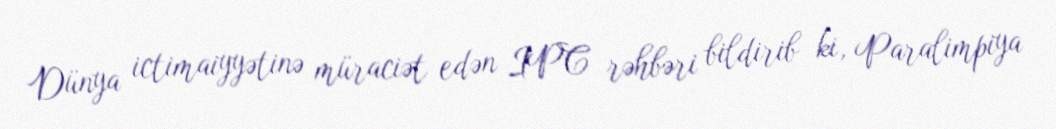
Dünya ictimaiyyətinə müraciət edən IPC rəhbəri bildirib ki, Paralimpiya